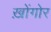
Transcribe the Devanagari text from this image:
ख़ोंगोर